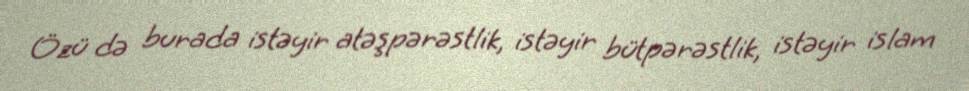
Özü də burada istəyir atəşpərəstlik, istəyir bütpərəstlik, istəyir islam